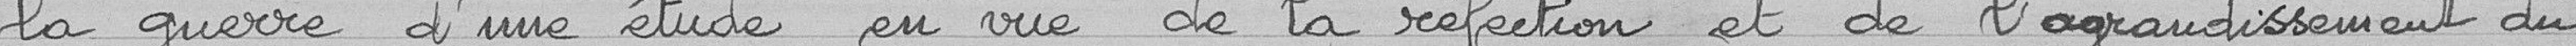
la guerre d'une étude en vue de la réfection et de l'agrandissement du